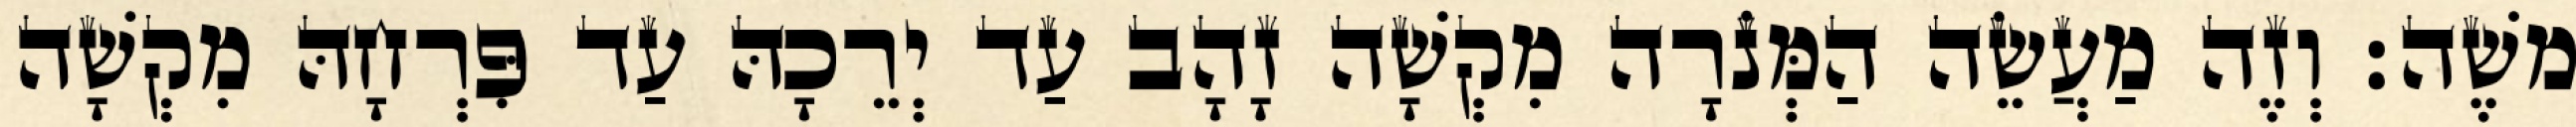
משֶׁה׃ וְזֶה מַעֲשֵׂה הַמְּנֹרָה מִקְשָׁה זָהָב עַד יְרֵכָהּ עַד פִּרְחָהּ מִקְשָׁה